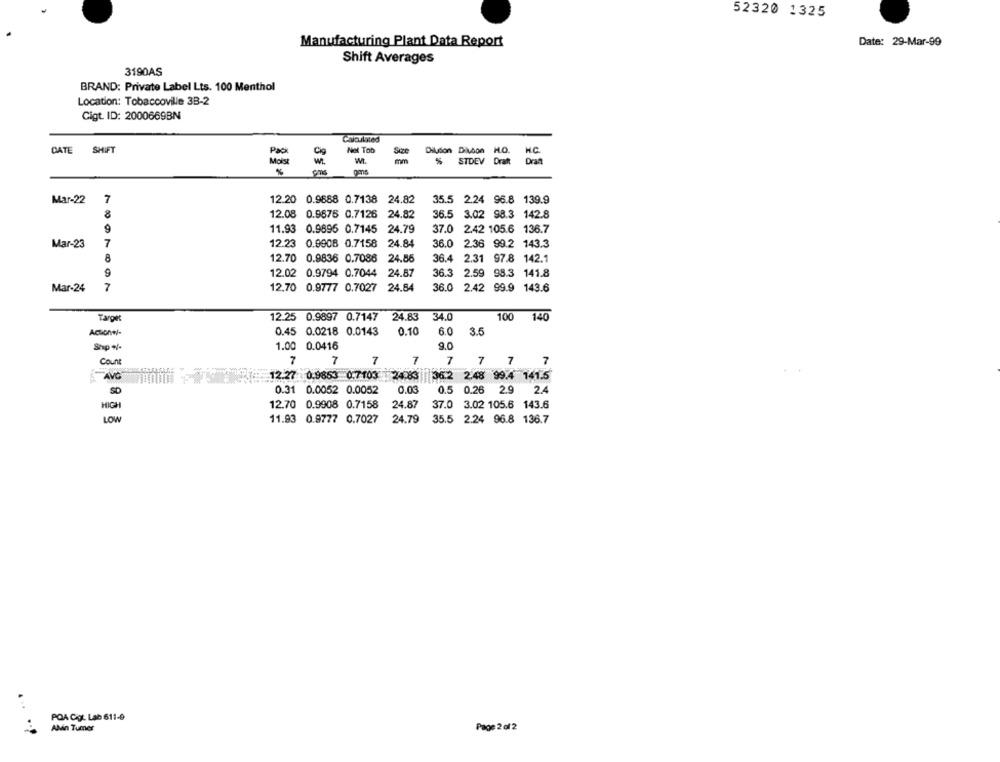
52320 1325
Manufacturing Plant Data Report
Date: 29-Mar-99
Shift Averages
3190AS
BRAND: Private Label Lts. 100 Menthol
Location: Tobaccoville 3B-2
Cigt. ID: 2000669BN
Calculated
DATE SHIFT
Not Tob
Size
Dildon Dilubon H.O.
mm
STDEV Dratt
Draft
Moist
8 € 3
Mar-22
7
12.20 0.9688 0.7138 24.82
35.5 2.24 96.8 139.9
8
12.08 0.9876 0.7126
24.82
36.5 3.02 98.3 142.8
9
11.93 0.9895 0.7145 24.79
37.0 2.42 105.6 136.7
Mar-23
7
12.23 0.9908 0.7158
24.84
36.0
2.36 99.2 143.3
12.70 0.9836 0.7086
24.86
36.4 2.31 97.8 142.1
12.02 0.9794 0.7044
24.87
36.3 2.59 98.3 141.8
Mar-24
7
12.70 0.9777 0.7027 24.84
36.0 2.42 99.9 143.6
Target
12.25 0.9897 0.7147
24.83
34.0
100
140
Actionw-
0.45 0.0218 0.0143
0.10
6.0
3.5
Shp +/-
1.00 0.0416
9.0
7
Coun
7
7
7
7
7
7
7
A AVC
12.27 :0.9853 0.7103
24.83 36.2 2.48 99.4 141.5
0.5
SD
0.31 0.0052 0.0052
0.03
0.26 2.9
2.4
12.70 0.9908 0.7158
24.87
37.0 3.02 105.6 143.6
HIGH
LOW
11.93 0.9777 0.7027
24.79
35.5 2.24 96.8 136.7
POA Cigt. Lab 611-9
AMin Tumer
Page 2 of 2